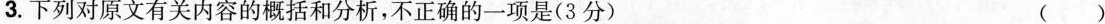
3.下列对原文有关内容的概括和分析，不正确的一项是(3分) ()